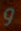
و